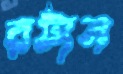
রটান